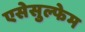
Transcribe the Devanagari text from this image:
एसेसुल्फेम